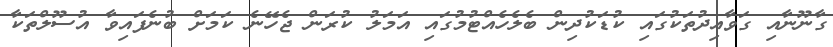
ގާނޫނާއި ގަވާއިދުތަކުގައި ކުޑަކުދިން ބެލެހެއްޓުމުގައި އަމަލު ކުރަން ޖެހޭނެ ކަމަށް ބުނެފައިވާ އުސޫލްތަކާ